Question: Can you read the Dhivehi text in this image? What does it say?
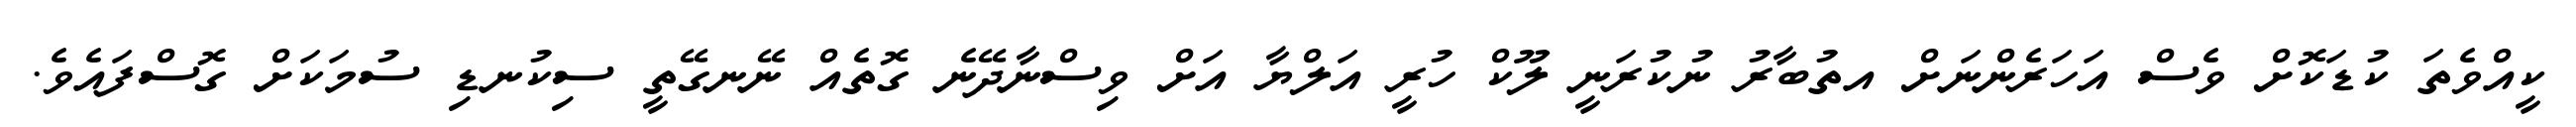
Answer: ކީއްވެތަ ކުޑަކޮށް ވެސް އަހަރެންނަށް އތުބާރު ނުކުރަނީ ލޫކް ހުރީ އަލްޔާ އަށް ވިސްނާދޭނެ ގޮތެއް ނޭނގޭތީ ސިކުނޑި ސުމަކަށް ގޮސްފައެވެ.